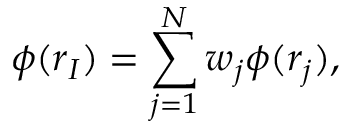
\phi ( r _ { I } ) = \sum _ { j = 1 } ^ { N } w _ { j } \phi ( r _ { j } ) ,